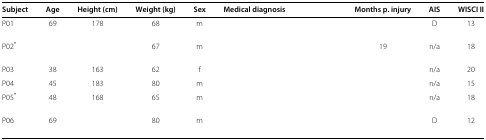
<table><thead><tr><td><b>Subject</b></td><td><b>Age</b></td><td><b>Height (cm)</b></td><td><b>Weight (kg)</b></td><td><b>Sex</b></td><td><b>Medical diagnosis</b></td><td><b>Months p. injury</b></td><td><b>AIS</b></td><td><b>WISCI II</b></td></tr></thead><tbody><tr><td>P01</td><td>69</td><td>178</td><td>68</td><td>m</td><td>[EMPTY_CELL]</td><td>[EMPTY_CELL]</td><td>D</td><td>13</td></tr><tr><td>P02<sup>*</sup></td><td>[EMPTY_CELL]</td><td>[EMPTY_CELL]</td><td>67</td><td>m</td><td>[EMPTY_CELL]</td><td>19</td><td>n/a</td><td>18</td></tr><tr><td>P03</td><td>38</td><td>163</td><td>62</td><td>f</td><td>[EMPTY_CELL]</td><td>[EMPTY_CELL]</td><td>n/a</td><td>20</td></tr><tr><td>P04</td><td>45</td><td>183</td><td>80</td><td>m</td><td>[EMPTY_CELL]</td><td>[EMPTY_CELL]</td><td>n/a</td><td>15</td></tr><tr><td>P05<sup>*</sup></td><td>48</td><td>168</td><td>65</td><td>m</td><td>[EMPTY_CELL]</td><td>[EMPTY_CELL]</td><td>n/a</td><td>18</td></tr><tr><td>P06</td><td>69</td><td>[EMPTY_CELL]</td><td>80</td><td>m</td><td>[EMPTY_CELL]</td><td>[EMPTY_CELL]</td><td>D</td><td>12</td></tr></tbody></table>